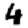
Digit: 4